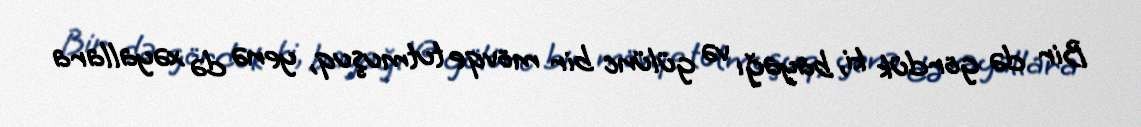
Bir də gördük ki, bayağı və gülünc bir mövqe tutmuşuq, yenə də xəyallara